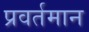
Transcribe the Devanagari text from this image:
प्रवर्तमान